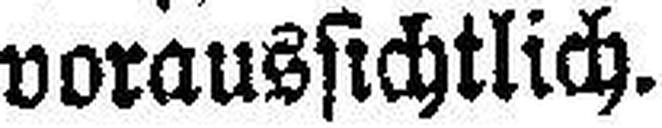
voraussichtlich.